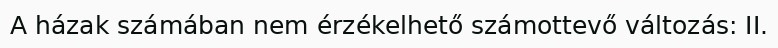
A házak számában nem érzékelhető számottevő változás: II.